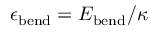
\epsilon _ { \mathrm { b e n d } } = E _ { \mathrm { b e n d } } / \kappa